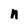
Character: n